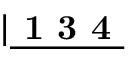
\lvert \underline { { \textbf { 1 3 4 } } }